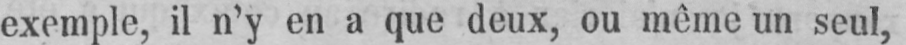
exemple, il n’y en a que deux, ou même un seul,